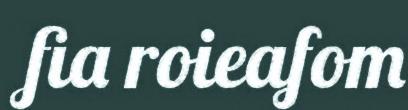
fia roieafom